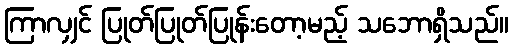
ကြာလျှင် ပြုတ်ပြုတ်ပြုန်းတော့မည့် သဘောရှိသည်။